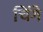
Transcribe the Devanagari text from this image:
चिंगे